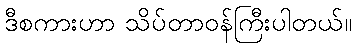
ဒီစကားဟာ သိပ်တာဝန်ကြီးပါတယ်။